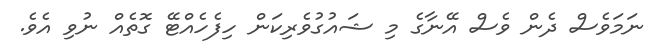
ނަމަވެސް ދެން ވެސް އޭނާގެ މި ޝައުގުވެރިކަން ހިފެހެއްޓޭ ގޮތެއް ނުވި އެވެ.